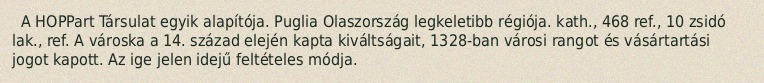
A HOPPart Társulat egyik alapítója. Puglia Olaszország legkeletibb régiója. kath., 468 ref., 10 zsidó lak., ref. A városka a 14. század elején kapta kiváltságait, 1328-ban városi rangot és vásártartási jogot kapott. Az ige jelen idejű feltételes módja.